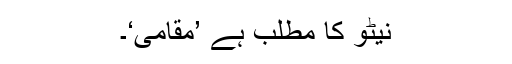
نیٹو کا مطلب ہے ’مقامی‘۔